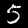
Label: 5